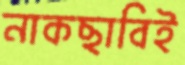
নাকছাবিই